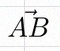
\vec{AB}